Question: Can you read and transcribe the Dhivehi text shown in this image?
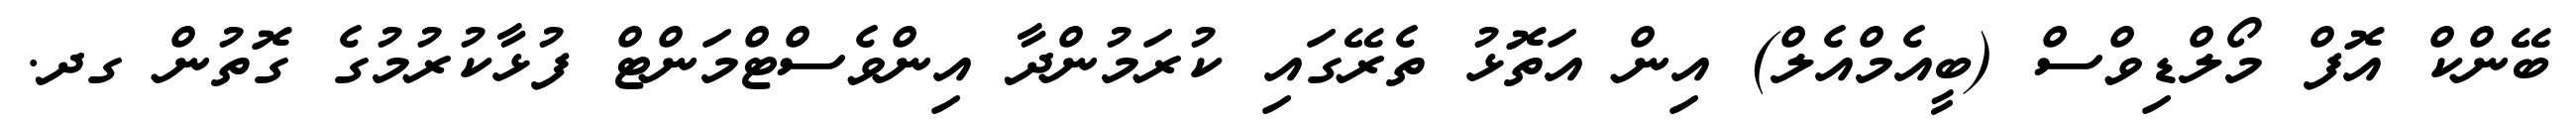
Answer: ބޭންކް އޮފް މޯލްޑިވްސް (ބީއެމްއެލް) އިން އަތޮޅު ތެރޭގައި ކުރަމުންދާ އިންވެސްޓްމަންޓް ފުޅާކުރުމުގެ ގޮތުން ގދ.